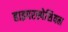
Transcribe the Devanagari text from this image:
हाइपरस्पेशियल